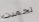
تجمدت